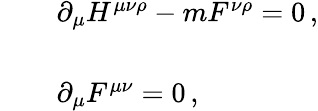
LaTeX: \begin{array}{rcl}{{}}&{{}}&{{\partial_{\mu}H^{\mu\nu\rho}-mF^{\nu\rho}=0\, ,}}\\ {{}}&{{}}&{{}}\\ {{}}&{{}}&{{\partial_{\mu}F^{\mu\nu}=0\, ,}}\end{array}